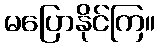
မပြောနိုင်ကြ။